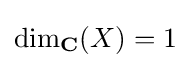
\dim _{\mathbf {C} }(X)=1